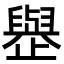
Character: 𪴿